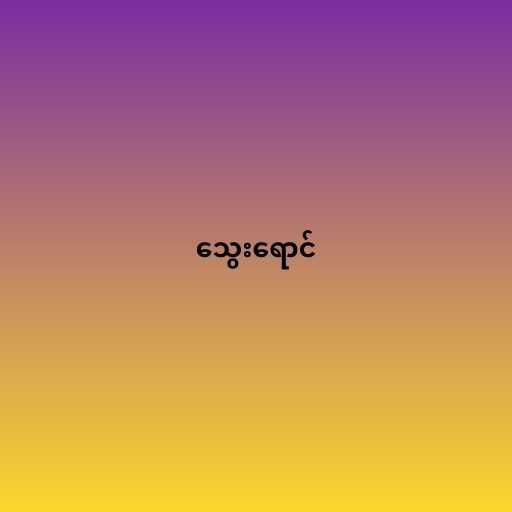
သွေးရောင်